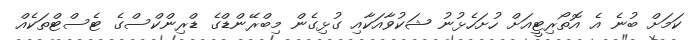
ކަމަށް ބުނެ އެ އޮތޯރިޓީއަށް ހުށަހެޅުނު ޝަކުވާއަކާއި ގުޅިގެން މިބްރޭންޑްގެ ޑްރިންކްސްގެ ޓެސްޓްތަކެއް